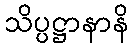
သိပ္ပဋ္ဌာနာနိ